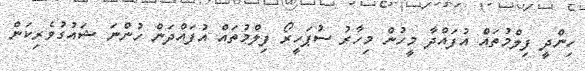
ހިންދީ ފިލްމުތައް އުފައްދާ މީހުން މިހާރު ސުޕަހީރޯ ފިލްމުތައް އުފައްދަން ހުންނަ ޝައުގުވެރިކަން